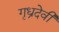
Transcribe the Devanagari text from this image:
गृध्रदेवी